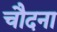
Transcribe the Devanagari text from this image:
चौदना